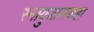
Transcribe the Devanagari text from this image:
स्नायुजालकहा